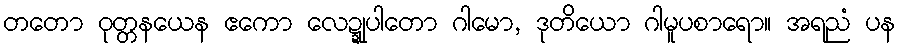
တတော ဝုတ္တနယေန ဧကော လေဍ္ဍုပါတော ဂါမော, ဒုတိယော ဂါမူပစာရော။ အရညံ ပန